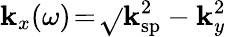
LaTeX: \mathbf{k}_{x}(\omega)\! =\! \sqrt{}{{\mathbf{k}_{\mathrm{{sp}}}^{2}-\mathbf{k}_{y}^{2}}}